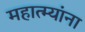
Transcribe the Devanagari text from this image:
महात्म्यांना